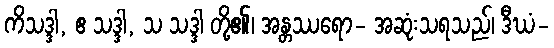
ကိသဒ္ဒါ, ဧ သဒ္ဒါ, သ သဒ္ဒါ တို့၏၊ အန္တဿရော- အဆုံးသရသည်၊ ဒီဃံ-